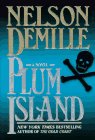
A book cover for Plum Island; Nelson DeMille; Mystery, Thriller & Suspense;